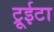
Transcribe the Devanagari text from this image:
ट्रूईटा